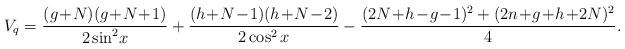
LaTeX: \begin{align*}V_q = \frac{(g \! + \! N)(g \! + \! N \! + \! 1)}{2 \sin^2 \! x} + \frac{(h \! + \! N \! - \! 1)(h \! + \! N \! - \! 2)}{ 2 \cos^2 x} - \frac{(2N \! + \! h \! - \! g \! - \! 1)^2 + (2n \! + \! g \! + \! h \! + \! 2N)^2}{4} . \end{align*}